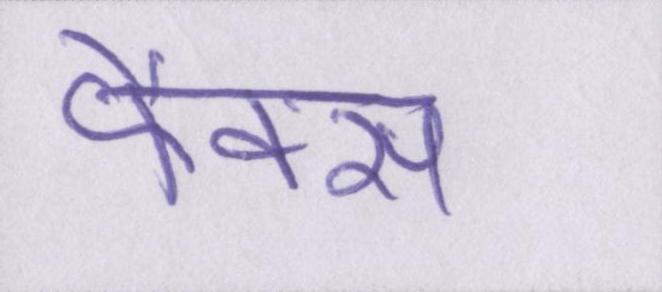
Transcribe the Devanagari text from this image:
फैक्स